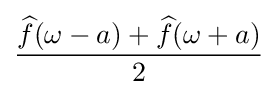
{\frac {{\widehat {f}}(\omega -a)+{\widehat {f}}(\omega +a)}{2}}